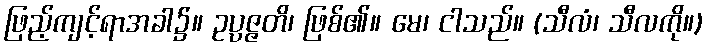
ဖြည့်ကျင့်ရာအခါ၌။ ဥပ္ပဇ္ဇတိ၊ ဖြစ်၏။ မေ၊ ငါသည်။ (သီလံ၊ သီလကို။)